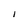
Character: I